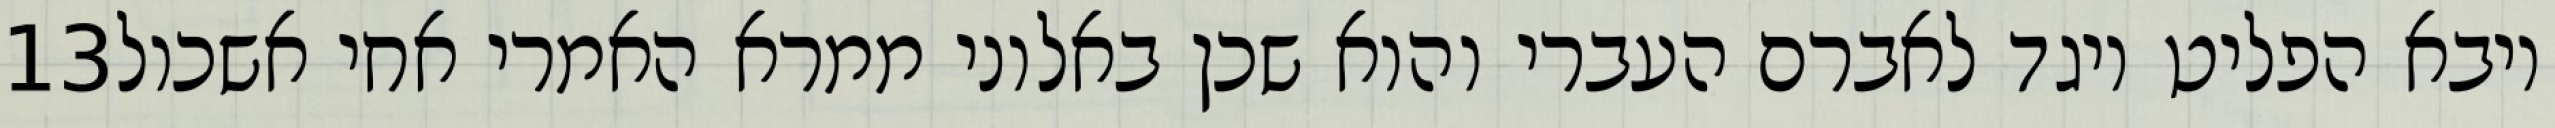
‎13‏ ויבא הפליט ויגד לאברם העברי והוא שכן באלוני ממרא האמרי אחי אשכול